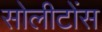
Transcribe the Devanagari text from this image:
सोलीटोंस